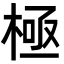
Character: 極